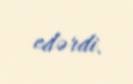
edərdi.